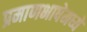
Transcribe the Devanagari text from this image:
प्रमाणभाषेमध्ये